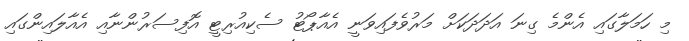
މި ހަމަލާގައި އެންމެ ގިނަ އަދަދަކަށް މަރުވެފައިވަނީ އެއާޕޯޓު ސެކިއުރިޓީ އޮފިސަރުންނާއި އެއާލައިންގައި